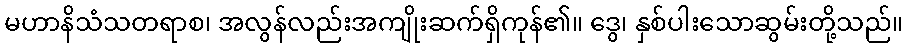
မဟာနိသံသတရာစ၊ အလွန်လည်းအကျိုးဆက်ရှိကုန်၏။ ဒွေ၊ နှစ်ပါးသောဆွမ်းတို့သည်။